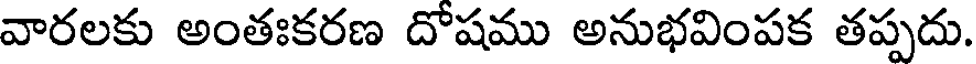
వారలకు అంతఃకరణ దోషము అనుభవింపక తప్పదు.